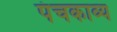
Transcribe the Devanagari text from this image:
पंचकाव्य